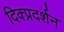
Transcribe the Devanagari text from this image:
दिक्प्रदर्शन